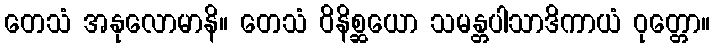
တေသံ အနုလောမာနိ။ တေသံ ဝိနိစ္ဆယော သမန္တပါသာဒိကာယံ ဝုတ္တော။